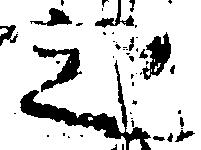
之